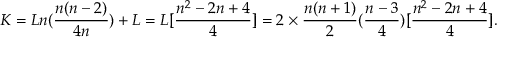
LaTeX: K = L n ( \frac { n ( n - 2 ) } { 4 n } ) + L = L [ \frac { n ^ { 2 } - 2 n + 4 } { 4 } ] = 2 \times \frac { n ( n + 1 ) } { 2 } ( \frac { n - 3 } { 4 } ) [ \frac { n ^ { 2 } - 2 n + 4 } { 4 } ] .